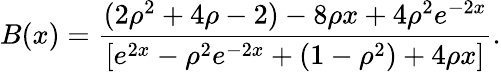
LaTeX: B(x)=\frac{(2\rho^{2}+4\rho-2)-8\rho x+4\rho^{2}e^{-2x}}{[e^{2x}-\rho^{2}e^{-2x}+(1-\rho^{2})+4\rho x]}.